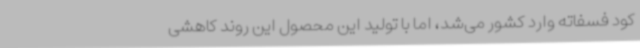
کود فسفاته وارد کشور می‌شد، اما با تولید این محصول این روند کاهشی